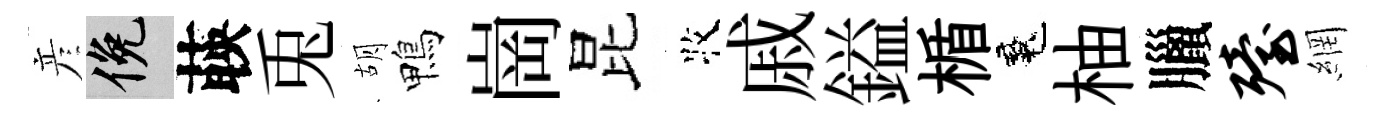
彦俯𦴤兎胡鴨崗昆牧戚鎰楯魂柚臘殪網